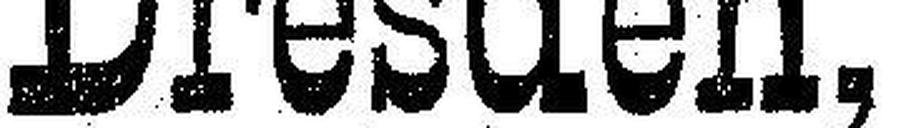
Dresden,